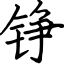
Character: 铮